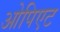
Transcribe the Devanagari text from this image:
ओपिएट